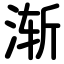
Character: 渐